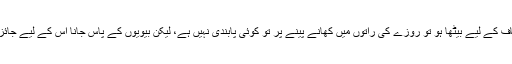
آدمی اعتکاف کے لیے بیٹھا ہو تو روزے کی راتوں میں کھانے پینے پر تو کوئی پابندی نہیں ہے، لیکن بیویوں کے پاس جانا اُس کے لیے جائز نہیں رہتا۔